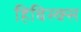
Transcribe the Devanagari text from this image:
हिबिस्क्‍स